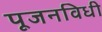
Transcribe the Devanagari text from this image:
पूजनविधी